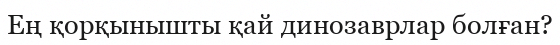
Ең қорқынышты қай динозаврлар болған?